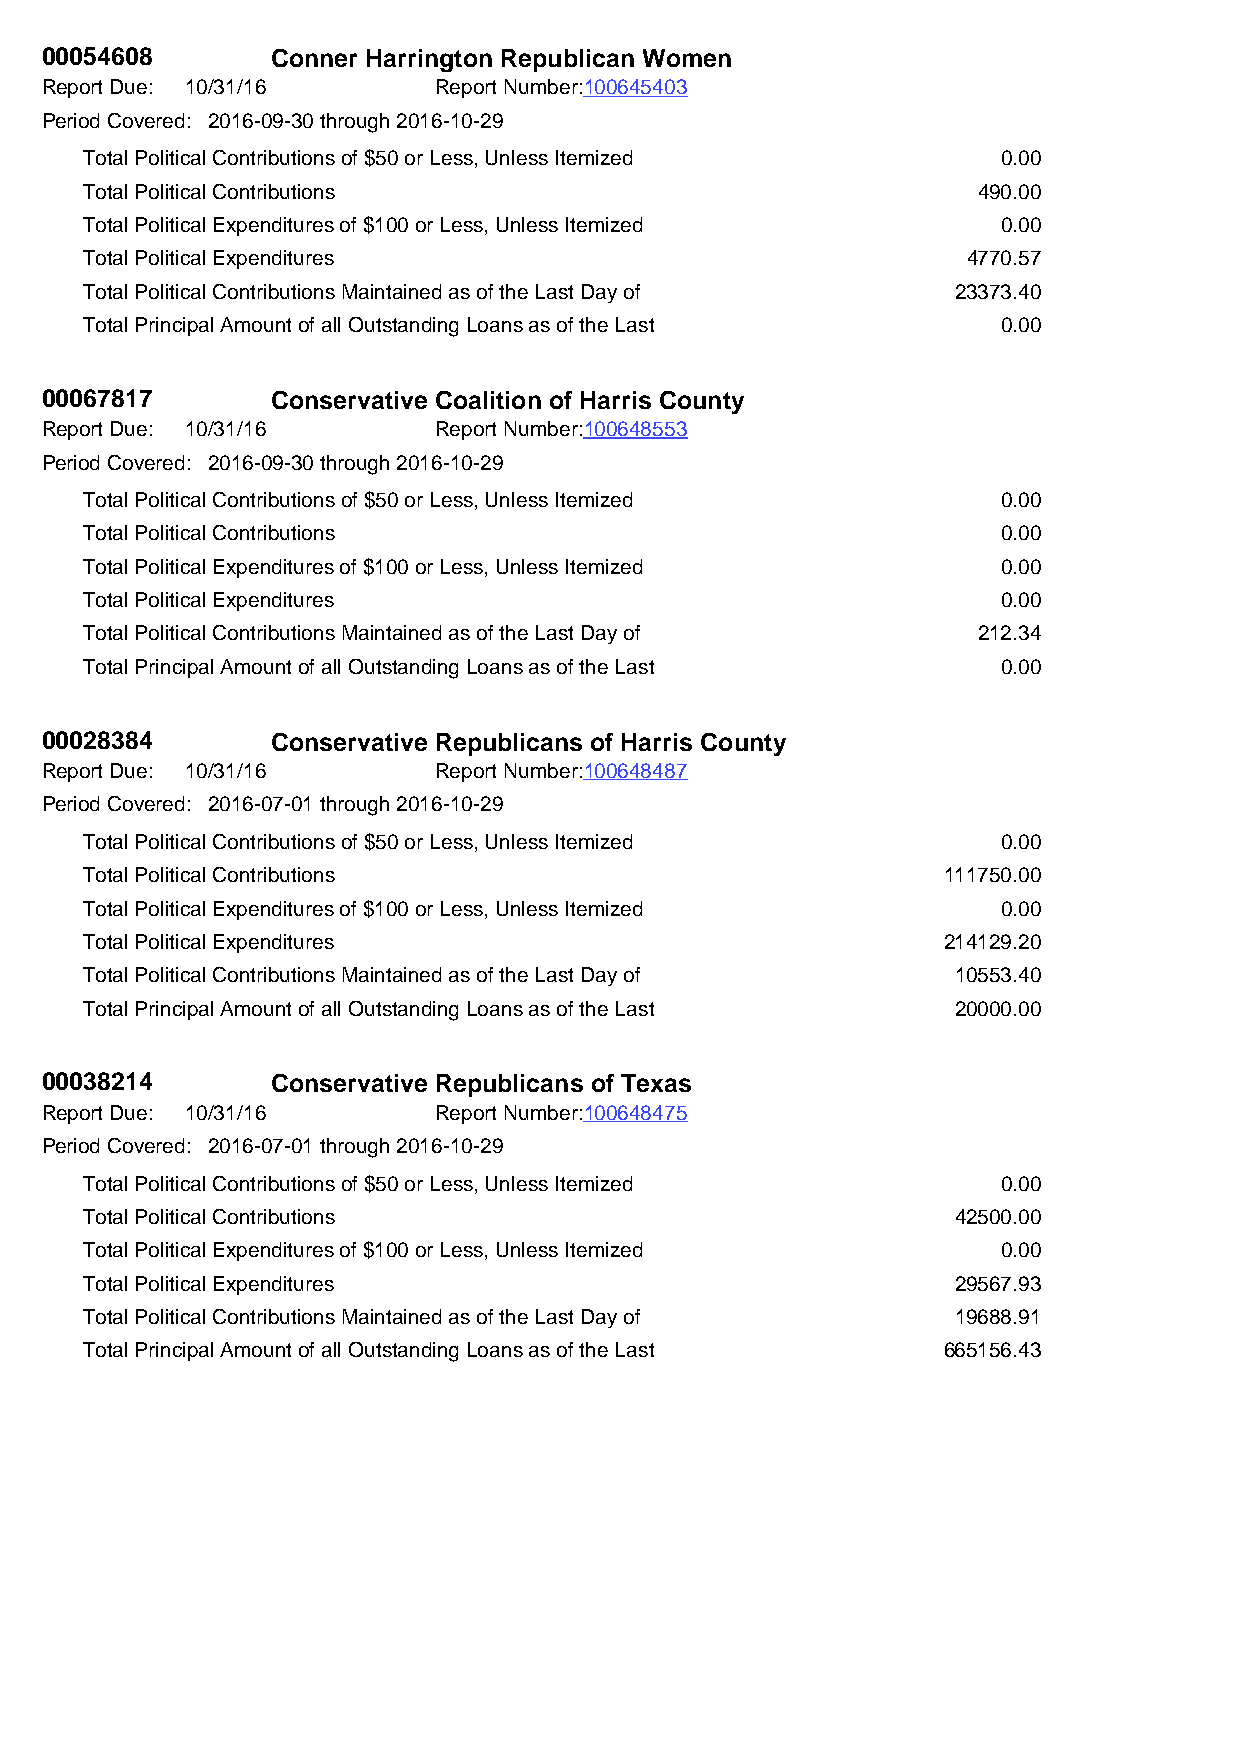
00054608       Conner Harrington Republican Women
 Report Due: 10/31/16      Report Number:100645403
 Period Covered: 2016-09-30 through 2016-10-29
 Total Political Contributions of $50 or Less, Unless Itemized 0.00
 Total Political Contributions                              490.00
 Total Political Expenditures of $100 or Less, Unless Itemized 0.00
 Total Political Expenditures                              4770.57
 Total Political Contributions Maintained as of the Last Day of 23373.40
 Total Principal Amount of all Outstanding Loans as of the Last 0.00
 00067817       Conservative Coalition of Harris County
 Report Due: 10/31/16      Report Number:100648553
 Period Covered: 2016-09-30 through 2016-10-29
 Total Political Contributions of $50 or Less, Unless Itemized 0.00
 Total Political Contributions                               0.00
 Total Political Expenditures of $100 or Less, Unless Itemized 0.00
 Total Political Expenditures                                0.00
 Total Political Contributions Maintained as of the Last Day of 212.34
 Total Principal Amount of all Outstanding Loans as of the Last 0.00
 00028384       Conservative Republicans of Harris County
 Report Due: 10/31/16      Report Number:100648487
 Period Covered: 2016-07-01 through 2016-10-29
 Total Political Contributions of $50 or Less, Unless Itemized 0.00
 Total Political Contributions                           111750.00
 Total Political Expenditures of $100 or Less, Unless Itemized 0.00
 Total Political Expenditures                            214129.20
 Total Political Contributions Maintained as of the Last Day of 10553.40
 Total Principal Amount of all Outstanding Loans as of the Last 20000.00
 00038214       Conservative Republicans of Texas
 Report Due: 10/31/16      Report Number:100648475
 Period Covered: 2016-07-01 through 2016-10-29
 Total Political Contributions of $50 or Less, Unless Itemized 0.00
 Total Political Contributions                            42500.00
 Total Political Expenditures of $100 or Less, Unless Itemized 0.00
 Total Political Expenditures                             29567.93
 Total Political Contributions Maintained as of the Last Day of 19688.91
 Total Principal Amount of all Outstanding Loans as of the Last 665156.43